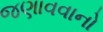
જણાવવાનો